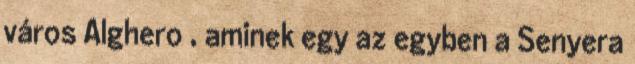
város Alghero , aminek egy az egyben a Senyera